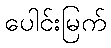
ပေါင်းမြက်